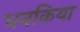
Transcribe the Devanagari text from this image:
धनकिया